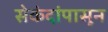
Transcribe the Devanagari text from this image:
सेकंदांपासून